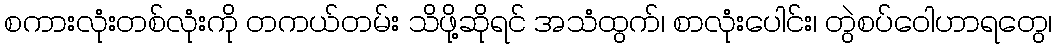
စကားလုံးတစ်လုံးကို တကယ်တမ်း သိဖို့ဆိုရင် အသံထွက်၊ စာလုံးပေါင်း၊ တွဲစပ်ဝေါဟာရတွေ၊